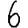
Digit: 6